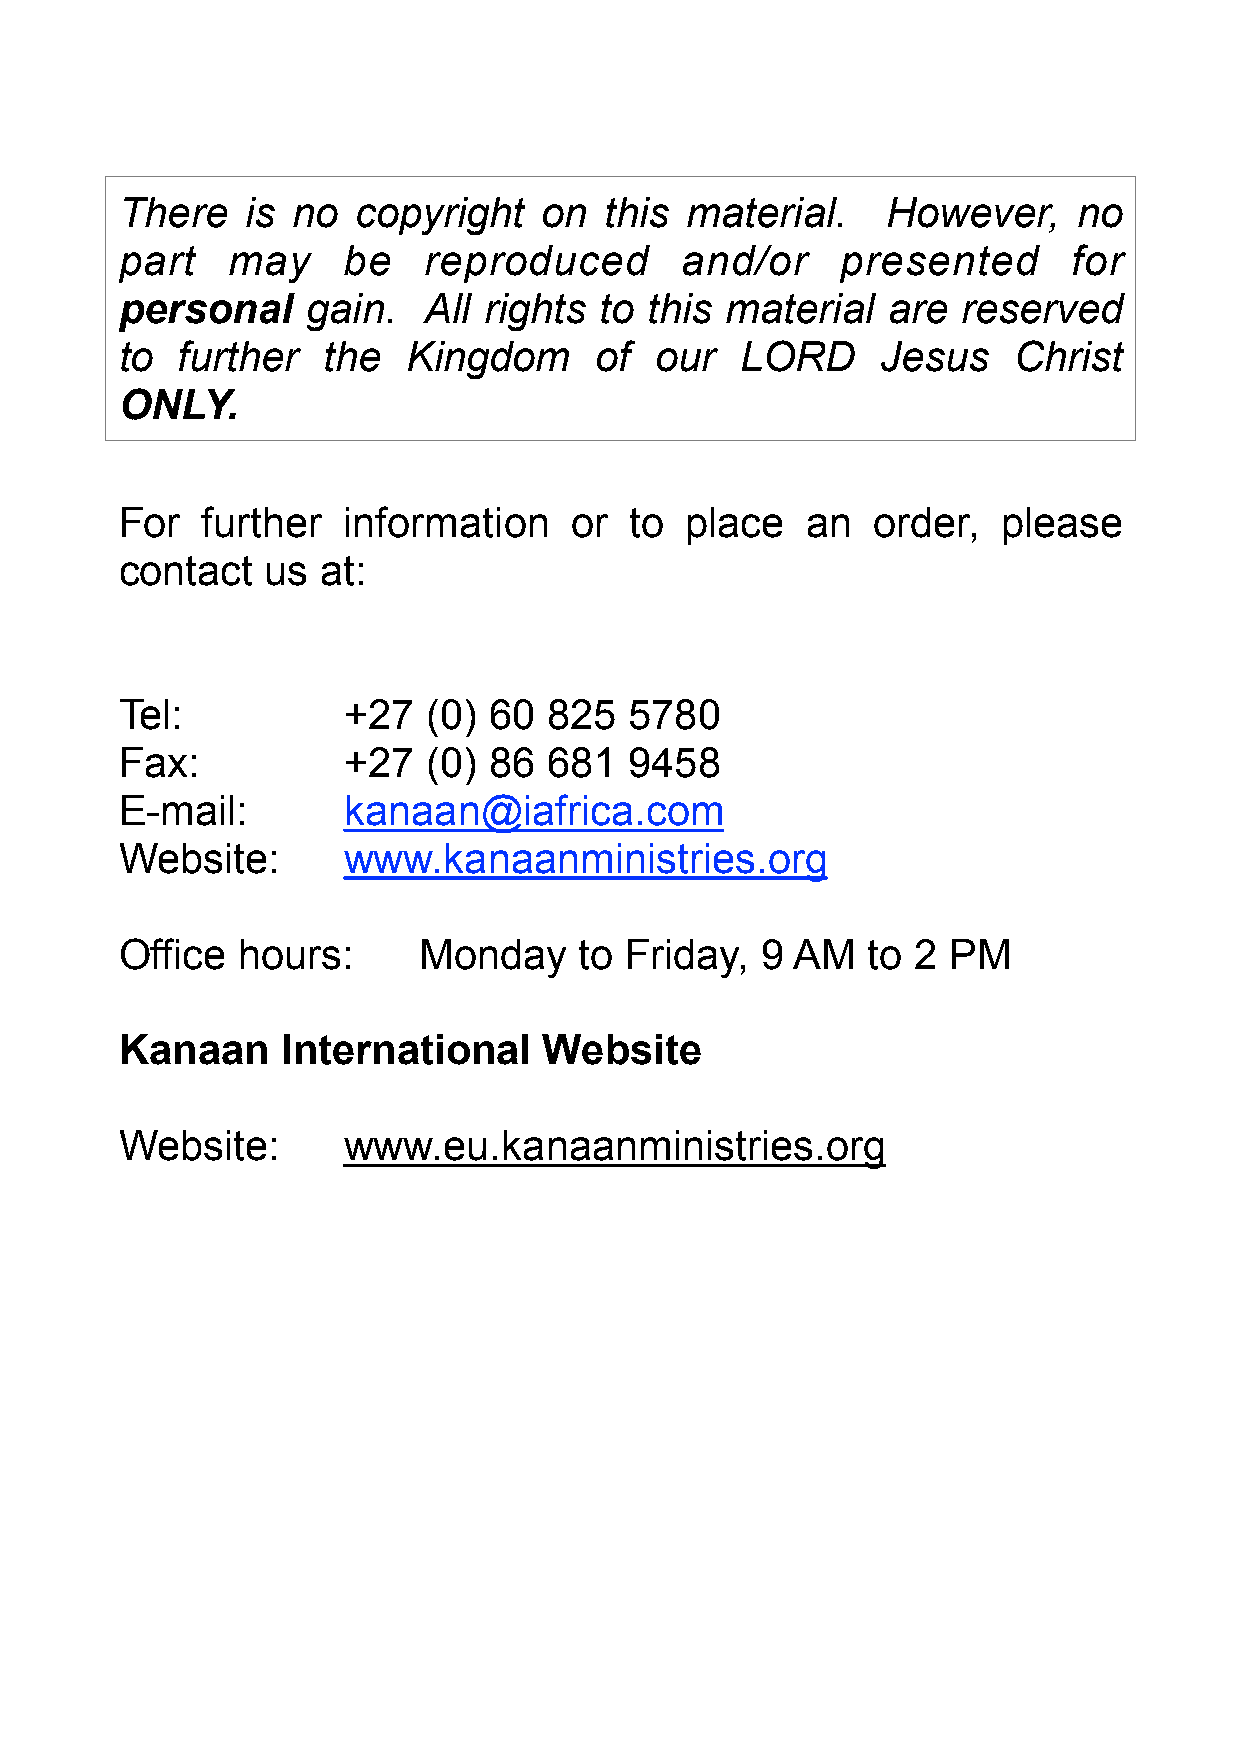
There   is no   copyright   on  this material.     However,    no
 part   may     be   reproduced       and/or     presented      for
 personal    gain.   All rights  to this material   are  reserved
 to  further  the   Kingdom     of  our   LORD     Jesus    Christ
 ONLY.
 For  further   information    or  to place   an   order,  please
 contact   us at:
 Tel:           +27  (0) 60  825   5780
 Fax:           +27  (0) 86  681   9458
 E-mail:        kanaan@iafrica.com
 Website:       www.kanaanministries.org
 Office  hours:      Monday    to Friday,  9  AM  to 2  PM
 Kanaan     International    Website
 Website:       www.eu.kanaanministries.org